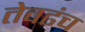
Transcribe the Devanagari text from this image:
तेवढंच